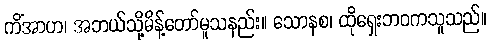
ကိံအာဟ၊ အဘယ်သို့မိန့်တော်မူသနည်း။ သောနစ၊ ထိုရှေးဘဝကသူသည်။